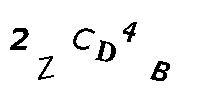
2ZCD4B